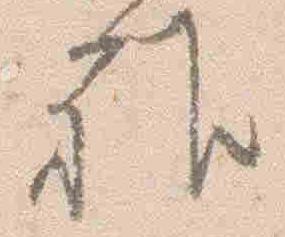
雅